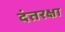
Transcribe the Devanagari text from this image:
दंतरक्षा